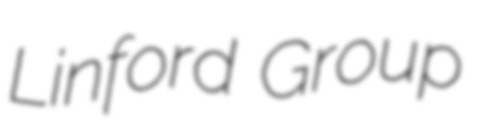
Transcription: Linford Group